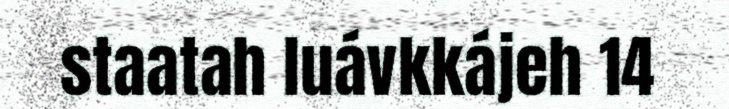
staatah luávkkájeh 14